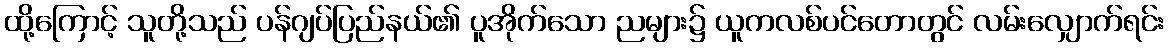
ထို့ကြောင့် သူတို့သည် ပန်ဂျပ်ပြည်နယ်၏ ပူအိုက်သော ညများ၌ ယူကလစ်ပင်တောတွင် လမ်းလျှောက်ရင်း